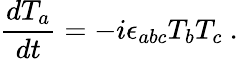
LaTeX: \frac{dT_{a}}{dt}=-i\epsilon_{abc}T_{b}T_{c}~.